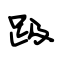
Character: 趿